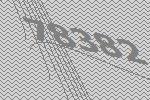
78382